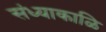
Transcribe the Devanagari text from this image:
संध्याकाळि